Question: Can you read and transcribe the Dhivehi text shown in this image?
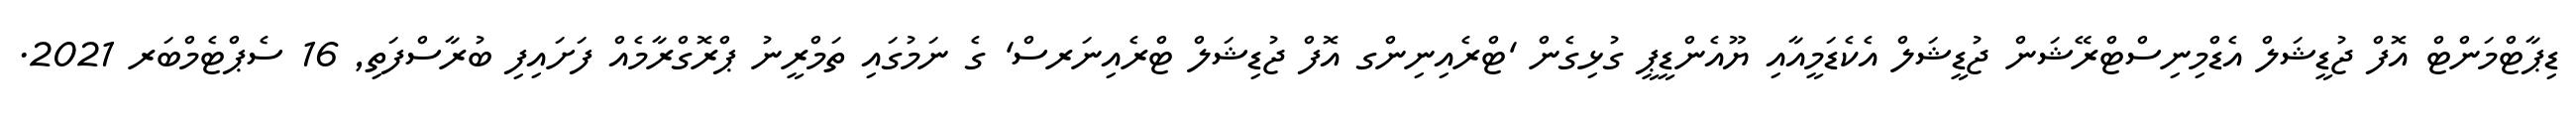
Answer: ޑިޕާޓްމަންޓް އޮފް ޖުޑީޝަލް އެޑްމިނިސްޓްރޭޝަން ޖުޑީޝަލް އެކެޑަމީއާއި ޔޫއެންޑީޕީ ގުޅިގެން 'ޓްރެއިނިންގ އޮފް ޖުޑިޝަލް ޓްރެއިނަރސް' ގެ ނަމުގައި ތަމްރީނު ޕްރޮގްރާމެއް ފަށައިފި ބުރާސްފަތި, 16 ސެޕްޓެމްބަރ 2021.